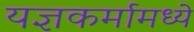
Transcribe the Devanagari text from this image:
यज्ञकर्मामध्ये